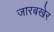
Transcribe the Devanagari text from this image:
जारबखेर